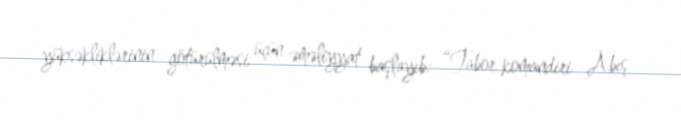
yüksəkliklərinin götürülməsi üçün əməliyyat başlayıb: “Tabor komandiri Abış